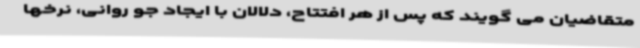
متقاضیان می گویند که پس از هر افتتاح، دلالان با ایجاد جو روانی، نرخها